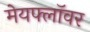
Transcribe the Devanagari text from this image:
मेयफ्लाॅवर